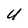
Character: U